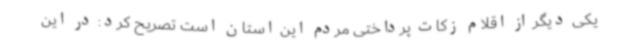
یکی دیگر از اقلام زکات پرداختی مردم این استان است تصریح کرد: در این